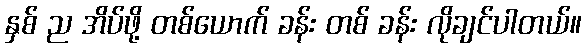
နှစ် ည အိပ်ဖို့ တစ်ယောက် ခန်း တစ် ခန်း လိုချင်ပါတယ်။